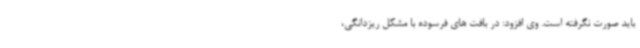
باید صورت نگرفته است. وی افزود: در بافت های فرسوده با مشکل ریزدانگی،